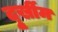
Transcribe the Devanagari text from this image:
दुूर्खीम